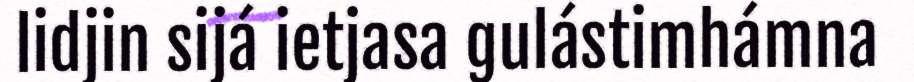
lidjin sijá ietjasa gulástimhámna